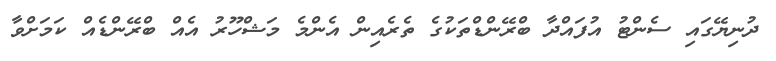
ދުނިޔޭގައި ސެންޓު އުފައްދާ ބްރޭންޑްތަކުގެ ތެރެއިން އެންމެ މަޝްހޫރު އެއް ބްރޭންޑެއް ކަމަށްވާ